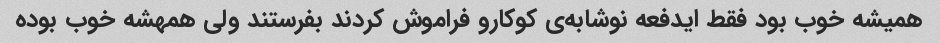
همیشه خوب بود فقط ایدفعه نوشابه‌ی کوکارو فراموش کردند بفرستند ولی همهشه خوب بوده